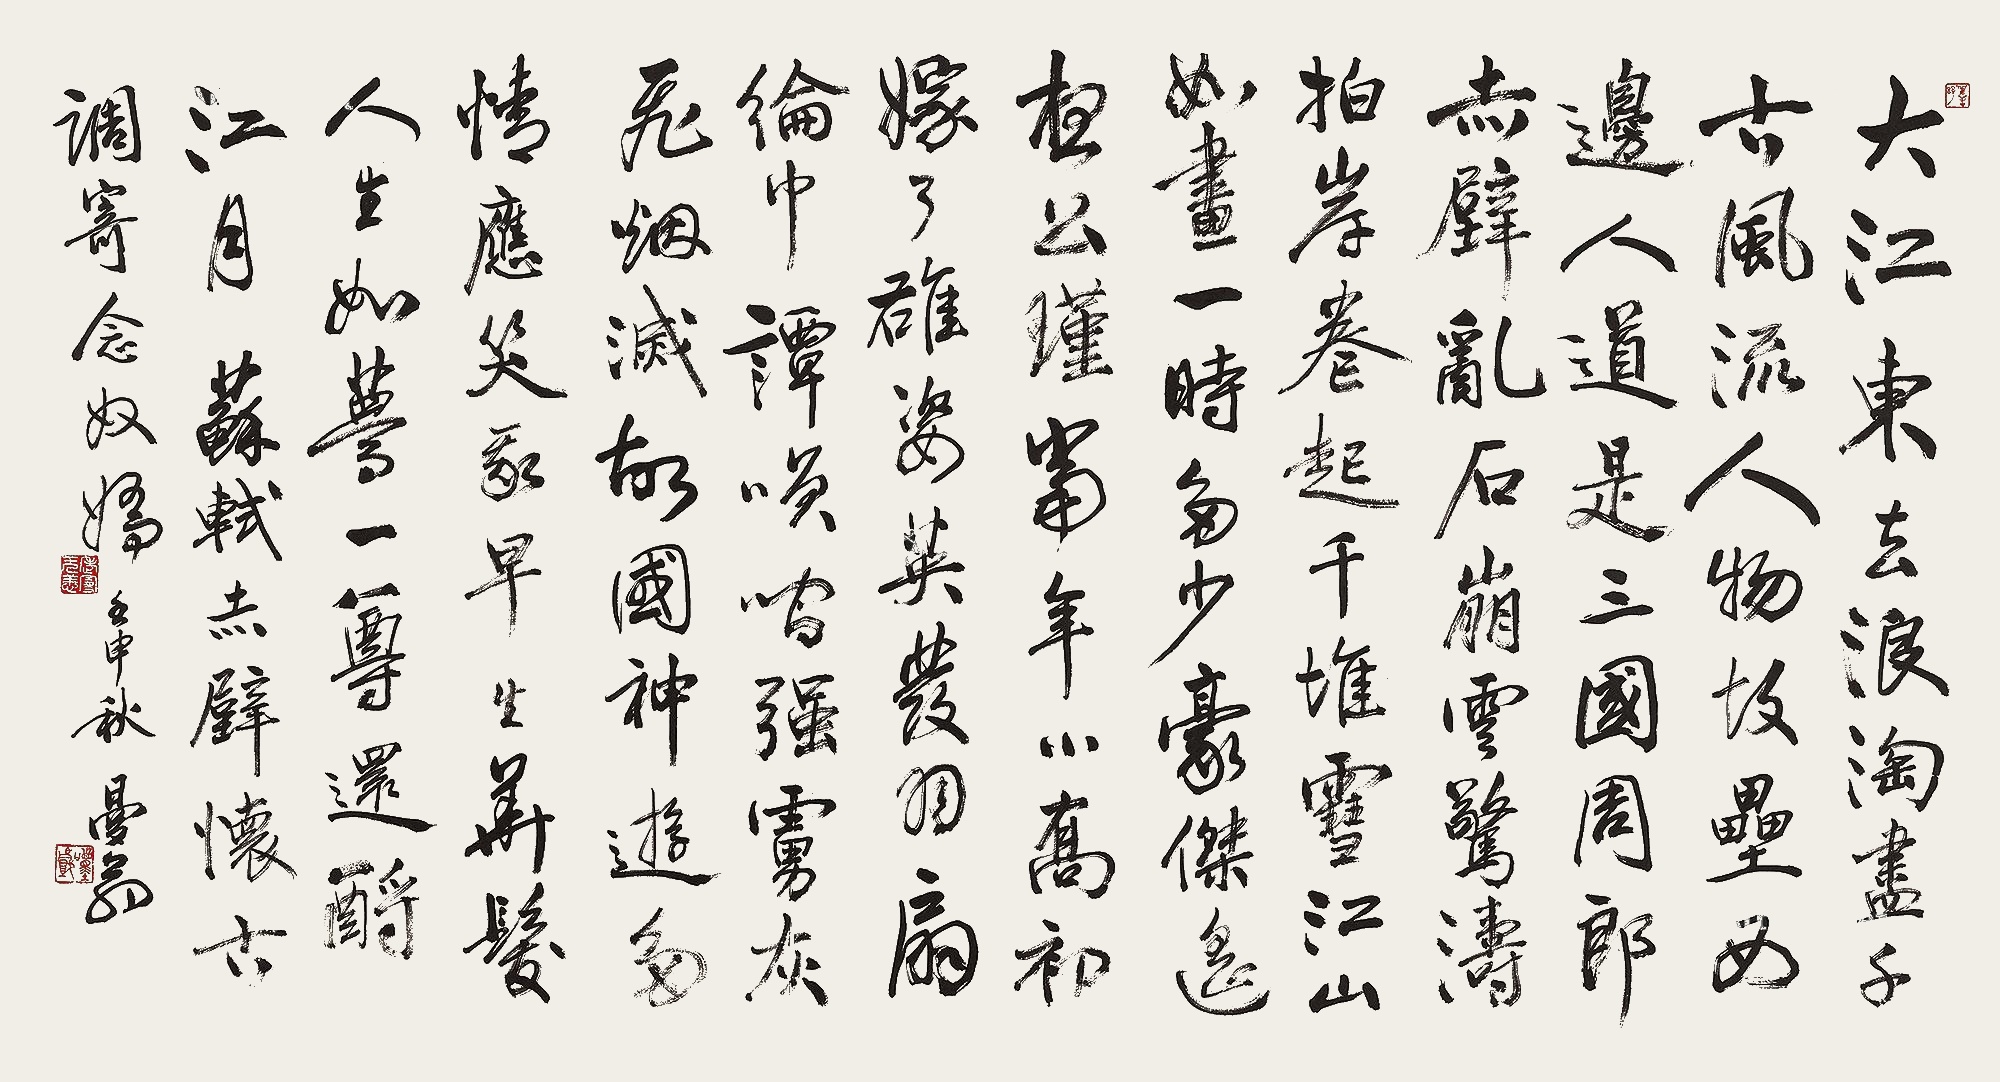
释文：大江东去，浪淘尽，千古风流人物。故垒西边，人道是，三国周郎赤壁。乱石崩云，惊涛拍岸，卷起千堆雪。江山如画，一时多少豪杰。遥想公瑾当年，小乔初嫁了，雄姿英发。羽扇纶巾，谭笑间，强虏灰飞烟灭。故国神游，多情应笑我，早生华发。人生如梦，一尊还酹江月。苏轼《赤壁怀古•调寄念奴娇》。壬申秋，曼翁。